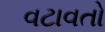
વટાવતો